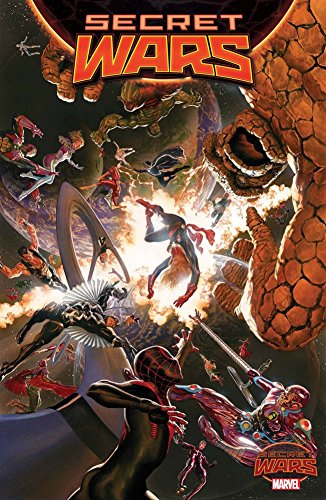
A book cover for Secret Wars; Marvel Comics; Comics & Graphic Novels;